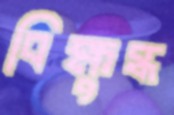
বিক্ষুব্ধ